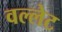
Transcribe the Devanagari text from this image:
वल्लेट